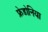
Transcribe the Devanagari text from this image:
फ्रेडोनिया